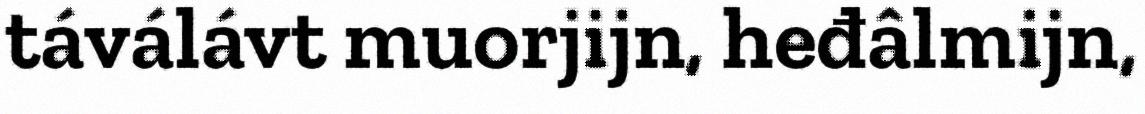
táválávt muorjijn, heđâlmijn,